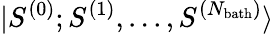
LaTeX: {|S^{(0)};S^{(1)},...,S^{(N_{\mathrm{bath}})}\rangle}